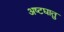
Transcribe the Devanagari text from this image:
अष्टघातु